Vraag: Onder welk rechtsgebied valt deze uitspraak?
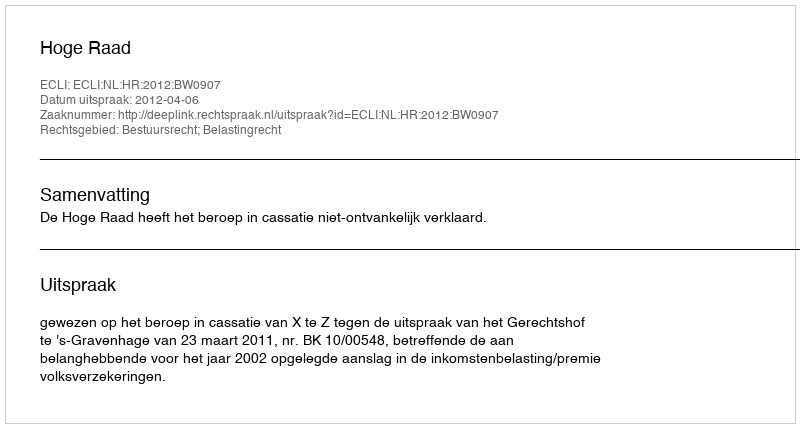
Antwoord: Bestuursrecht; Belastingrecht